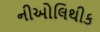
નીઓલિથીક